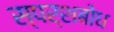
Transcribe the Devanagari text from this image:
स्पर्शबोध